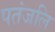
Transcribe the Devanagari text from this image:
पतंजलि